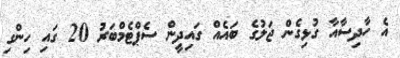
އެ ހާދިސާއާ ގުޅިގެން ޖަލުގެ ބައެއް ގައިދީން ސެޕްޓެމްބަރު 20 ގައި ހިންގި